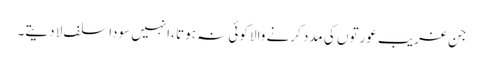
جن غریب عورتوں کی مدد کرنے والا کوئی نہ ہوتا ،انہیں سودا سلف لا دیتے۔